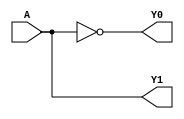
//bi 1
module decoder1to2 (
    input A,    
    output Y0,  
    output Y1   
);

    assign Y0 = ~A;  
    assign Y1 = A;     
endmodule


// bi 2

module mux2to1 (
    input D0,    // Data input 0
    input D1,    // Data input 1
    input S,     // Select input
    output Y     // Output
);

    wire Y0, Y1, net1, net2;


    decoder1to2 decoder1 (.A(S), .Y0(Y0), .Y1(Y1));

    and (net1, D0, Y0);
    and (net2, D1, Y1);
    or (Y, net1, net2);
endmodule

module half_adder (
    input A,    
    input B,    
    output S,   
    output C   
);
    xor (S, A, B);     
    and (C, A, B);     
endmodule

module full_adder(
    input a,
    input b,
    input cin,

    output s,
    output cout
);
    wire net1, net2, net3;

    half_adder first(a, b, net1, net2);
    half_adder seccond(net1, cin, s, net3);
    or (cout, net2, net3); 
endmodule

module four_ripple(
    input [3:0]A,
    input [3:0]B, 
    input cin, 
    output [3:0]S,
    output cout
);
    wire c1, c2, c3;

    full_adder a(A[0], B[0], cin, S[0], c1);
    full_adder b(A[1], B[1], c1, S[1], c2);
    full_adder c(A[2], B[2], c2, S[2], c3);
    full_adder d(A[3], B[3], c3, S[3], cout);
endmodule

module two_bit_comparator(
    input [1:0]A,
    input [1:0]B,
    output A_gt_B,
    output A_lt_B,
    output A_eq_B
);
    wire net1, net2, net3, net4, net5;

    and(net1, ~A[1], B[1]);
    and(net2, ~A[1], ~A[0], B[0]);
    and(net3, ~A[0], B[1], B[0]);

    xnor(net4, A[1], B[1]);
    xnor(net5, A[0], B[0]);

    or(A_lt_B, net1, net2, net3);
    and(A_eq_B, net4, net5);
    nor(A_gt_B, A_lt_B, A_eq_B);

endmodule